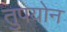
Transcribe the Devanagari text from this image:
तुपयोन